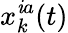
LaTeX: x_{k}^{\mathit{i}a}(t)